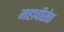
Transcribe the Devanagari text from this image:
महावीसेठ